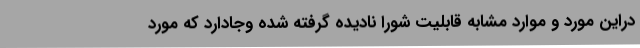
دراین مورد و موارد مشابه قابلیت شورا نادیده گرفته شده وجادارد که مورد